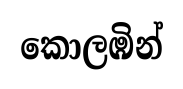
කොලඹින්